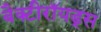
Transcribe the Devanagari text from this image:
बैक्टीरॉयड्स